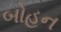
બોહન